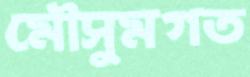
মৌসুমগত